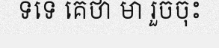
ទទេ គេថា មា រួចចុះ